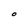
Character: O